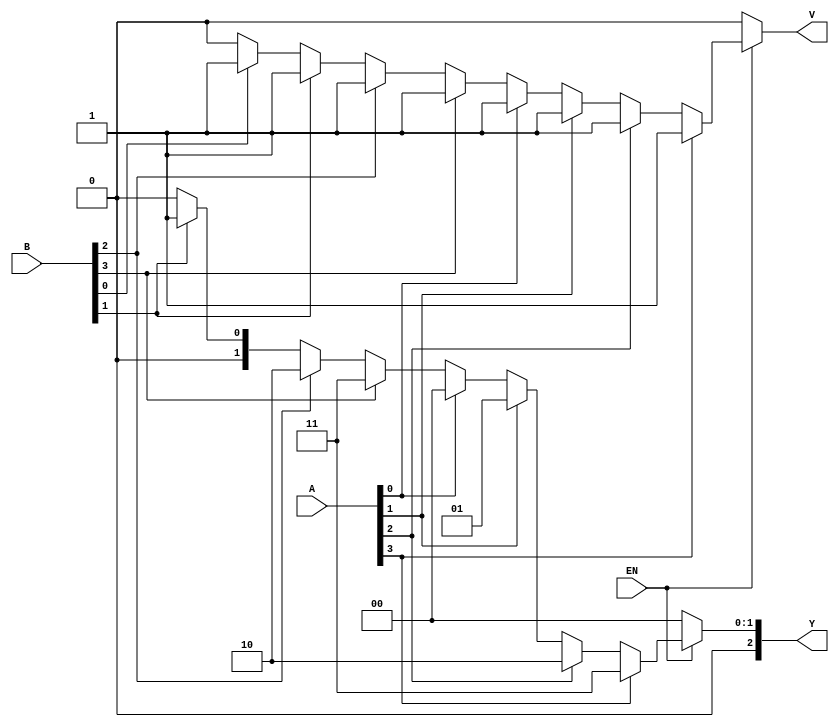
module dual_priority_encoder (
    input wire [3:0] A,    // Group A inputs
    input wire [3:0] B,    // Group B inputs
    input wire EN,         // Enable signal
    output reg [2:0] Y,    // 3-bit binary output
    output reg V           // Valid signal
);

always @(*) begin
    // Default values
    Y = 3'b000; // Default output
    V = 1'b0;   // Default valid signal

    if (EN) begin
        // Check Group A inputs first
        if (A[3]) begin
            Y = 3'b011; // A3
            V = 1'b1;
        end else if (A[2]) begin
            Y = 3'b010; // A2
            V = 1'b1;
        end else if (A[1]) begin
            Y = 3'b001; // A1
            V = 1'b1;
        end else if (A[0]) begin
            Y = 3'b000; // A0
            V = 1'b1;
        end
        // If no Group A inputs are active, check Group B inputs
        else if (B[3]) begin
            Y = 3'b011; // B3
            V = 1'b1;
        end else if (B[2]) begin
            Y = 3'b010; // B2
            V = 1'b1;
        end else if (B[1]) begin
            Y = 3'b001; // B1
            V = 1'b1;
        end else if (B[0]) begin
            Y = 3'b000; // B0
            V = 1'b1;
        end
    end
end

endmodule